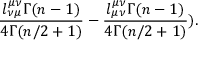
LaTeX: \frac { l _ { \nu \mu } ^ { \mu \nu } \Gamma ( n - 1 ) } { 4 \Gamma ( n / 2 + 1 ) } - \frac { l _ { \mu \nu } ^ { \mu \nu } \Gamma ( n - 1 ) } { 4 \Gamma ( n / 2 + 1 ) } ) .